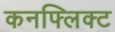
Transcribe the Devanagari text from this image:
कनफ्लिक्ट